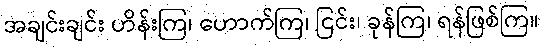
အချင်းချင်း ဟိန်းကြ၊ ဟောက်ကြ၊ ငြင်း၊ ခုန်ကြ၊ ရန်ဖြစ်ကြ။